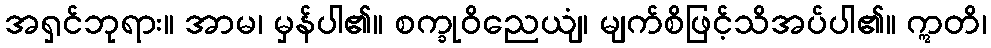
အရှင်ဘုရား။ အာမ၊ မှန်ပါ၏။ စက္ခုဝိညေယျံ၊ မျက်စိဖြင့်သိအပ်ပါ၏။ ဣတိ၊